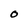
Character: O